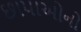
છાપાઓનો